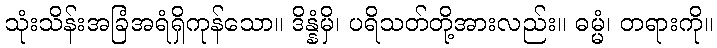
သုံးသိန်းအခြံအရံရှိကုန်သော။ ဒိန္နံမှိ၊ ပရိသတ်တို့အားလည်း။ ဓမ္မံ၊ တရားကို။